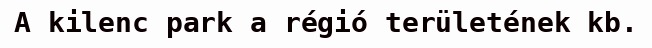
A kilenc park a régió területének kb.